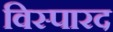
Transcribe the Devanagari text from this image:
विस्पारद